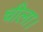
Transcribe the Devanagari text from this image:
चीला।